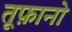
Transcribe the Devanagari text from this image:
तूफ़ानो